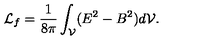
{ \cal L } _ { f } = \frac { 1 } { 8 \pi } \int _ { \cal V } ( E ^ { 2 } - B ^ { 2 } ) d { \cal V } .